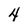
Character: 4